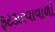
ફટકારવાવાળો